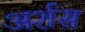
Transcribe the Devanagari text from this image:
अर्शस